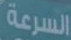
السرعة